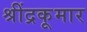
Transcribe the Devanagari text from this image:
श्रींद्रकूमार